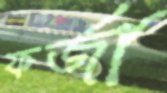
ফর্জা